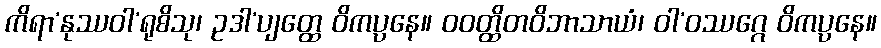
ကိရာ’နုဿဝါ’ရုစိသု၊ ဥဒါ’ပျတ္ထေ ဝိကပ္ပနေ။ ဝဝတ္ထိတဝိဘာသာယံ၊ ဝါ’ဝဿဂ္ဂေ ဝိကပ္ပနေ။